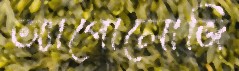
অ্যাপোলোজি